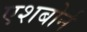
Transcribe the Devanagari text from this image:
एशबोर्न